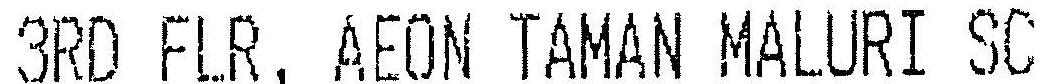
3RD FLR, AEON TAMAN MALURI SC